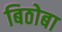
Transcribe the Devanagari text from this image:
बिठोबा